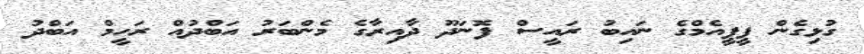
ގުޅިގެން ޕީޕީއެމްގެ ނައިބު ރައީސް ފޮނަދޫ ދާއިރާގެ މެންބަރު އަބްދުއް ރަހީމް އަބްދު